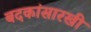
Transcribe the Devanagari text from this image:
बदकांसारखी